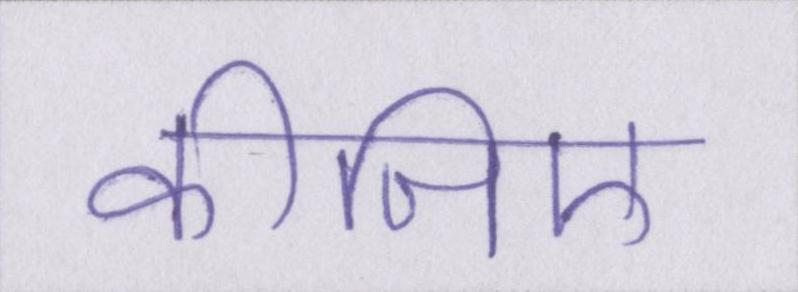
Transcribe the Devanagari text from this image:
कीजिए